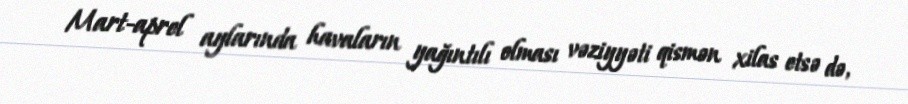
Mart-aprel aylarında havaların yağıntılı olması vəziyyəti qismən xilas etsə də,